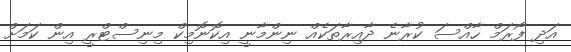
އަދި ފޯރަމް ހާއްސަ ކުރާނެ ދާއިރާތަކެއް ނިންމާނީ އިކޮނޮމިކް މިނިސްޓްރީ އިން ކަމަށް